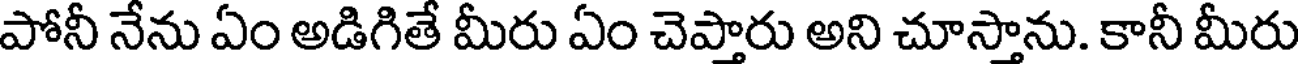
పోనీ నేను ఏం అడిగితే మీరు ఏం చెప్తారు అని చూస్తాను. కానీ మీరు